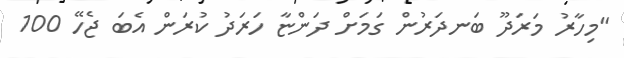
"މިހާރު މަރަދޫ ބަނދަރުން ގަމަށް ދަންޏާ ހަރަދު ކުރަން އެބަ ޖެހޭ 100